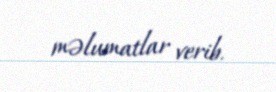
məlumatlar verib.